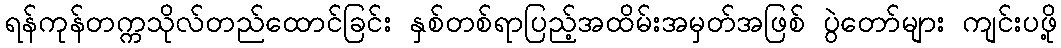
ရန်ကုန်တက္ကသိုလ်တည်ထောင်ခြင်း နှစ်တစ်ရာပြည့်အထိမ်းအမှတ်အဖြစ် ပွဲတော်များ ကျင်းပဖို့